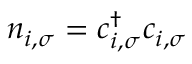
n _ { i , \sigma } = c _ { i , \sigma } ^ { \dagger } c _ { i , \sigma }